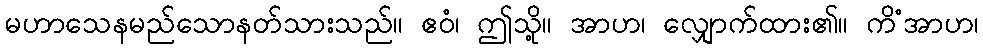
မဟာသေနမည်သောနတ်သားသည်။ ဧဝံ၊ ဤသို့။ အာဟ၊ လျှောက်ထား၏။ ကိံအာဟ၊